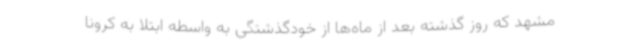
مشهد که روز گذشته بعد از ماه‌ها از خودگذشتگی به واسطه ابتلا به کرونا